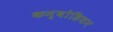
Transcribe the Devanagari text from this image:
कम्बोडियन